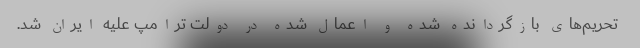
تحریم‌های بازگردانده شده و اعمال شده در دولت ترامپ علیه ایران شد.